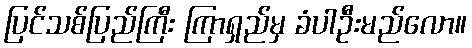
ပြင်သစ်ပြည်ကြီး ကြာရှည်မှ ခံပါဦးမည်လော။